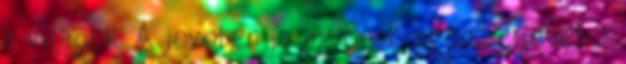
a viragok. A jovoben is az Onok segitsegevel a